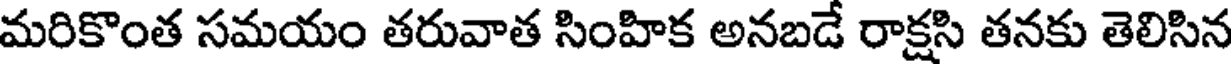
మరికొంత సమయం తరువాత సింహిక అనబడే రాక్షసి తనకు తెలిసిన